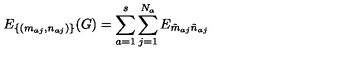
E _ { \{ ( m _ { a j } , n _ { a j } ) \} } ( G ) = \sum _ { a = 1 } ^ { s } \sum _ { j = 1 } ^ { N _ { a } } E _ { \tilde { m } _ { a j } \tilde { n } _ { a j } }